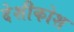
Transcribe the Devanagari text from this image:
देशीकोश